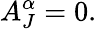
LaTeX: A_{J}^{\alpha}=0.